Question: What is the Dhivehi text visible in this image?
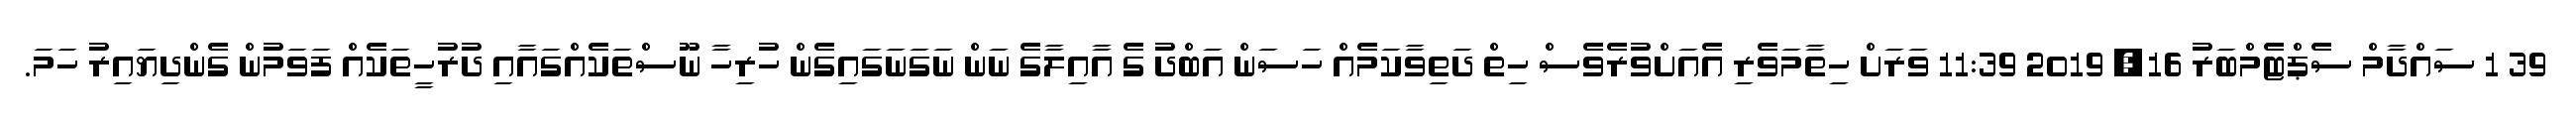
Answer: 39 1 ސައްދާމް ސެޕްޓެމްބަރު 16, 2019 11:39 ވަރަށް ހިތާމަވެރި އެއަށްވުރެވެސް ހިތް ދަތިވާކަމެއް ހަސަން އަބްދު ގެ އާއިލާގެ ނަން ނަގަނަގައިގެން ހުރިހާ ނޫސްތަކެއްގައާއި ދުރުހީތަކެއް ފަވަމުން ގެންދިޔައިރު ހަމަ.